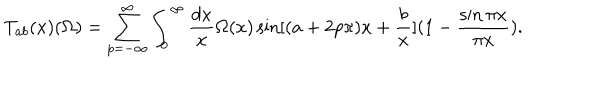
LaTeX: T _ { a b } ( x ) ( \Omega ) = \sum _ { p = - \infty } ^ { \infty } \int _ { 0 } ^ { \infty } { \frac { d x } { x } } \Omega ( x ) \sin [ ( a + 2 p \pi ) x + { \frac { b } { x } } ] ( 1 - { \frac { \sin \pi x } { \pi x } } ) .